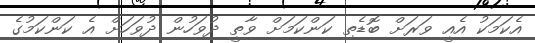
އެކަމަކު އެއީ ވަރަށް ބޮޑެތި ކަންކަމަށް ވާތީ ދުވަހުން ދުވަހަށް އެ ކަންކަމުގެ